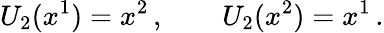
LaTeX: U_{2}(x^{1})=x^{2}\, ,\qquad U_{2}(x^{2})=x^{1}\, .